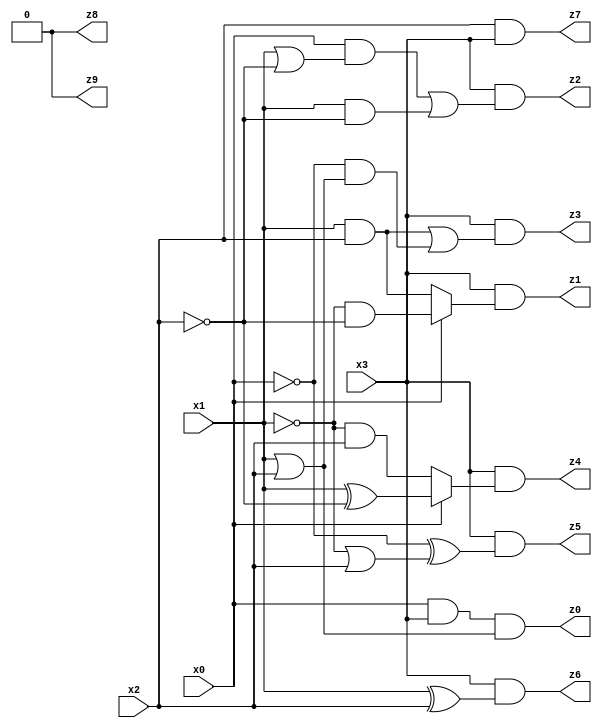
// Benchmark "mult_3x1_108" written by ABC on Fri Dec 09 22:22:02 2022

module mult_3x1_108 ( 
    x0, x1, x2, x3,
    z0, z1, z2, z3, z4, z5, z6, z7, z8, z9  );
  input  x0, x1, x2, x3;
  output z0, z1, z2, z3, z4, z5, z6, z7, z8, z9;
  assign z8 = 1'b0;
  assign z0 = x0 & x3 & (x1 | x2);
  assign z1 = x3 & (x0 ? (~x1 & ~x2) : (x1 & x2));
  assign z2 = x3 & ((x0 & (x1 | ~x2)) | (x1 & ~x2));
  assign z3 = x3 & ((x1 & x2) | (~x0 & (x1 | x2)));
  assign z4 = x3 & (x0 ? (x1 ^ ~x2) : (~x1 & x2));
  assign z5 = x3 & (~x0 ^ (~x1 | x2));
  assign z6 = x3 & (x1 ^ x2);
  assign z7 = x2 & x3;
  assign z9 = z8;
endmodule